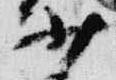
少